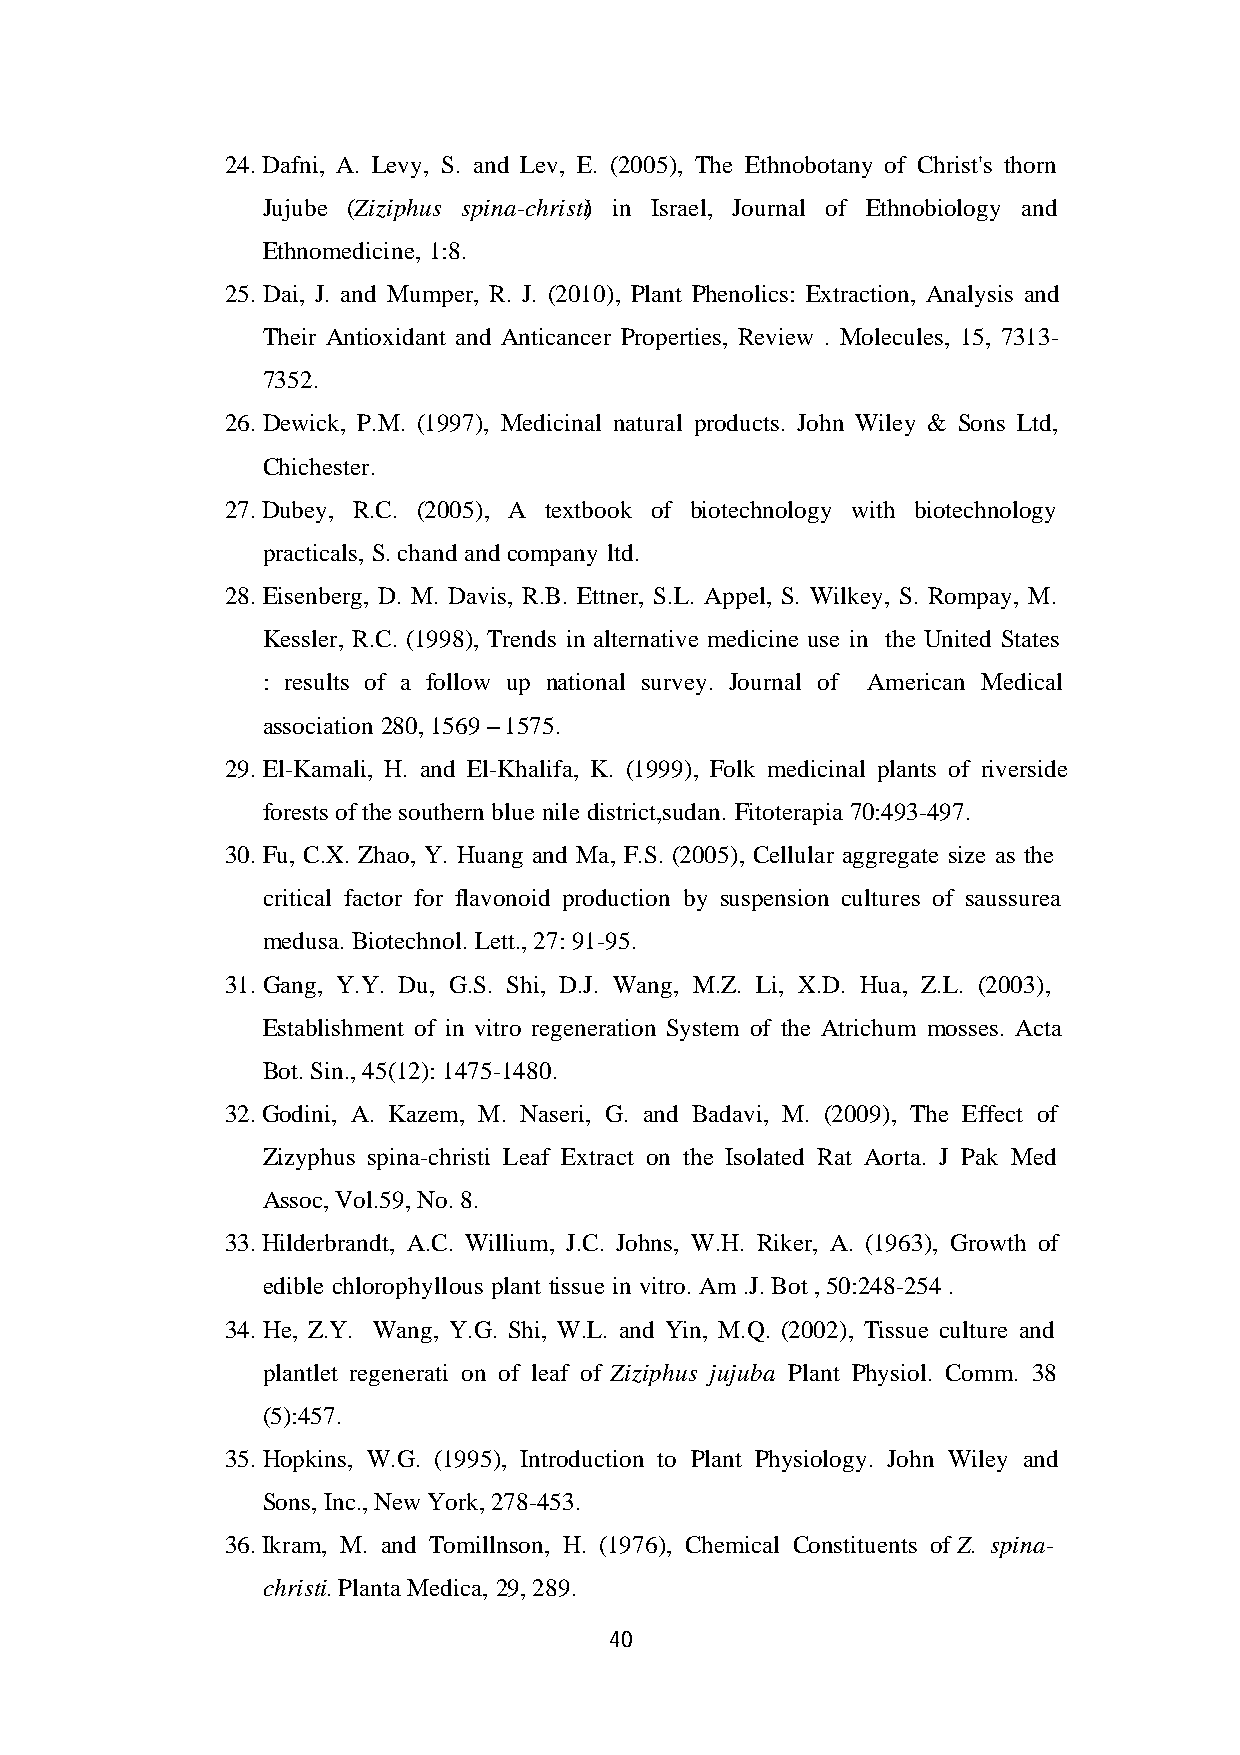
24. Dafni, A. Levy, S. and Lev, E. (2005), The Ethnobotany of Christ's thorn
 Jujube (Ziziphus spina-christi ) in Israel, Journal of Ethnobiology and
 Ethnomedicine, 1:8.
 25. Dai, J. and Mumper, R. J. (2010), Plant Phenolics: Extraction, Analysis and
 Their Antioxidant and Anticancer Properties, Review . Molecules, 15, 7313-
 7352.
 26. Dewick, P.M. (1997), Medicinal natural products. John Wiley & Sons Ltd,
 Chichester.
 27. Dubey, R.C. (2005), A textbook of biotechnology with biotechnology
 practicals, S. chand and company ltd.
 28. Eisenberg, D. M. Davis, R.B. Ettner, S.L. Appel, S. Wilkey, S. Rompay, M.
 Kessler, R.C. (1998), Trends in alternative medicine use in the United States
 : results of a follow up national survey. Journal of American Medical
 association 280, 1569 – 1575.
 29. El-Kamali, H. and El-Khalifa, K. (1999), Folk medicinal plants of riverside
 forests of the southern blue nile district,sudan. Fitoterapia 70:493-497.
 30. Fu, C.X. Zhao, Y. Huang and Ma, F.S. (2005), Cellular aggregate size as the
 critical factor for flavonoid production by suspension cultures of saussurea
 medusa. Biotechnol. Lett., 27: 91-95.
 31. Gang, Y.Y. Du, G.S. Shi, D.J. Wang, M.Z. Li, X.D. Hua, Z.L. (2003),
 Establishment of in vitro regeneration System of the Atrichum mosses. Acta
 Bot. Sin., 45(12): 1475-1480.
 32. Godini, A. Kazem, M. Naseri, G. and Badavi, M. (2009), The Effect of
 Zizyphus spina-christi Leaf Extract on the Isolated Rat Aorta. J Pak Med
 Assoc, Vol.59, No. 8.
 33. Hilderbrandt, A.C. Willium, J.C. Johns, W.H. Riker, A. (1963), Growth of
 edible chlorophyllous plant tissue in vitro. Am .J. Bot , 50:248-254 .
 34. He, Z.Y. Wang, Y.G. Shi, W.L. and Yin, M.Q. (2002), Tissue culture and
 plantlet regenerati on of leaf of Ziziphus jujuba. Plant Physiol. Comm. 38
 (5):457.
 35. Hopkins, W.G. (1995), Introduction to Plant Physiology. John Wiley and
 Sons, Inc., New York, 278-453.
 36. Ikram, M. and Tomillnson, H. (1976), Chemical Constituents of Z. spina-
 christi. Planta Medica, 29, 289.
 40